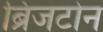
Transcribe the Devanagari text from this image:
ब्रिजटोन